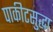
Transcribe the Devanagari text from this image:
पाकीटसुद्धा